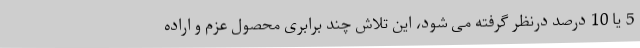
5 یا 10 درصد درنظر گرفته می شود، این تلاش چند برابری محصول عزم و اراده